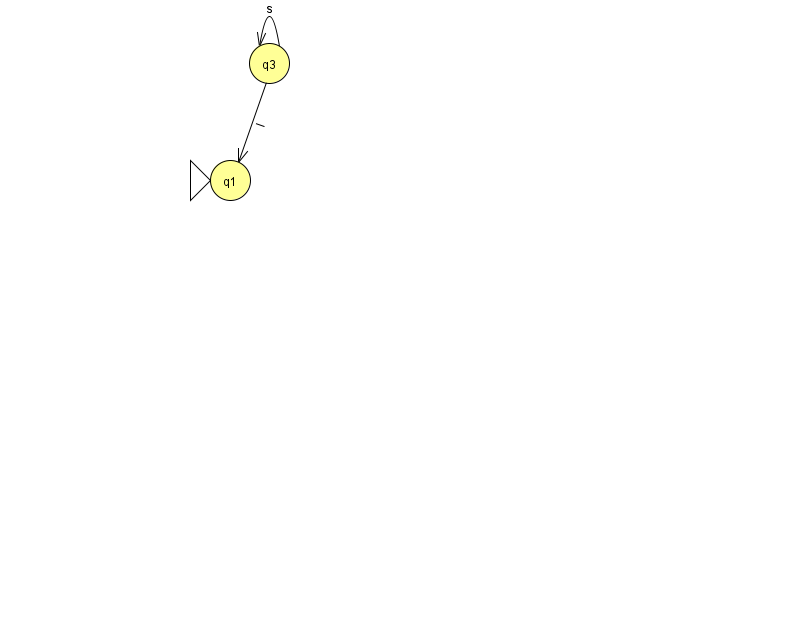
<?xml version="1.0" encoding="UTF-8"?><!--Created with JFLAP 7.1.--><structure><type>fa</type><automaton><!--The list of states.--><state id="1" name="q1"><x>230.0</x><y>167.0</y><initial/></state><state id="3" name="q3"><x>269.0</x><y>50.0</y></state><!--The list of transitions.--><transition><from>3</from><to>3</to><read>s</read></transition><transition><from>3</from><to>1</to><read>I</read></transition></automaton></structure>